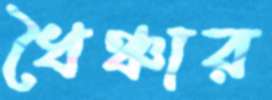
ধৈঞ্চার